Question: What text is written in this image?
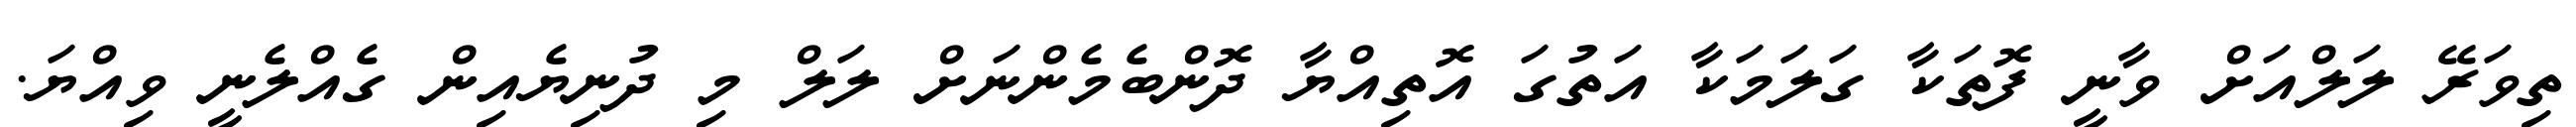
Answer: ތިވަރޭ ލަލްއަށް ވާނީ ފޮތަކާ ގަލަމަކާ އަތުގަ އޮތިއްޔާ ދޮންބެމެންނަށް ލަލް މި ދުނިޔެއިން ގެއްލެނީ ވިއްޔަ.